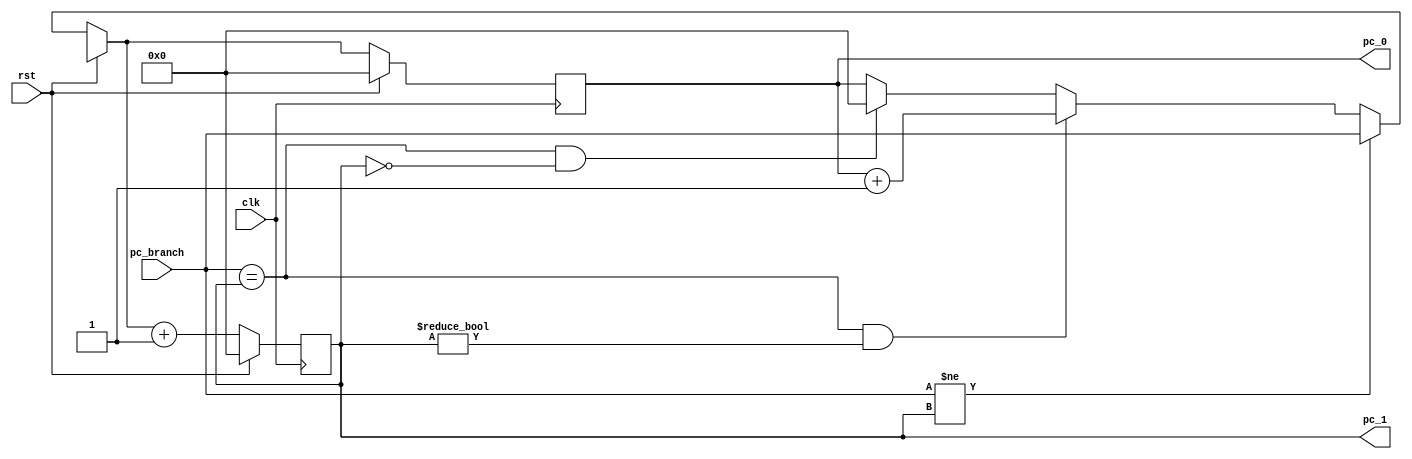
`timescale 1ns / 1ps
//////////////////////////////////////////////////////////////////////////////////
// Design Name: Single Cycle Datapath 64bit
// Module Name: program_counter
// tyx

// version: 1.1
// Update: Syncronous Reset
//////////////////////////////////////////////////////////////////////////////////


module program_counter(clk, rst, pc_branch, pc_1, pc_0);
    input clk; 
    input rst;
    input [63:0] pc_branch; // input from the branch unit
    output reg [63:0] pc_0 = 0; // pc of the previous time slot
    output reg [63:0] pc_1; // pc increment by one

    // clock trigger, pause if rst == 1
    always @(posedge clk)
    begin
        // Sync Reset
        if (rst)
        begin
            pc_0 <= 0;
            pc_1 <= 0;// special input, only occur when rst is 1
        end
    
        // Normal case
        else
        begin
            // unconditional branch case, pc_branch doesn't match pc_1
            if (pc_branch != pc_1) 
            begin
                 pc_0 = pc_branch;
            end
            
            // normal case, pc is incremented by one
            else if (pc_branch == pc_1 && pc_1 != 0)
            begin
                pc_0 = pc_0 +1;    
            end
            // one cycle after the reset
            else if (pc_branch == pc_1 && pc_1 ==0 )
            begin
                pc_0 = 0;
            end
            
            // indicating the next instruction for next cycle
            pc_1 = pc_0 +1;
        end
    end
endmodule